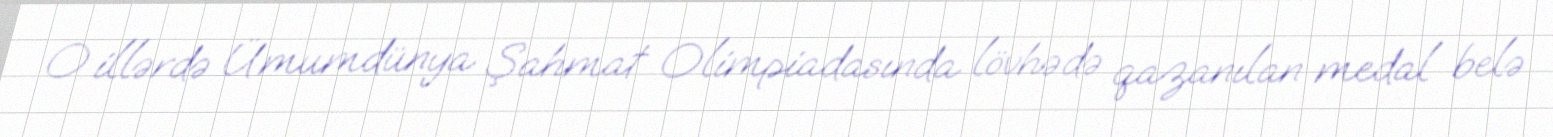
O illərdə Ümumdünya Şahmat Olimpiadasında lövhədə qazanılan medal belə